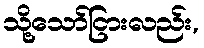
သို့သော်ငြားလည်း,